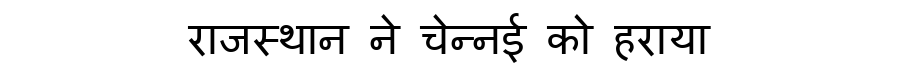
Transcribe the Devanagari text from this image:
राजस्थान ने चेन्नई को हराया